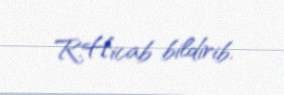
R.Hicab bildirib.